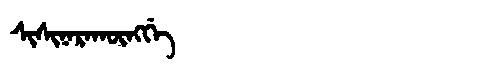
Manchu: ᠰᡳᠰᡳᠨᠠᡵᠠᡴᡡᠩᡤᡝ
Romanization: SISINARAKŪNGGE